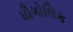
ઘૌગોલિક